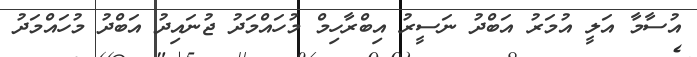
އުސާމާ އަލީ އުމަރު އަބްދު ނަސީރު އިބްރާހިމް މުހައްމަދު ޖުނައިދު އަބްދު މުހައްމަދު